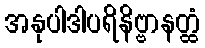
အနုပါဒါပရိနိဗ္ဗာနတ္ထံ